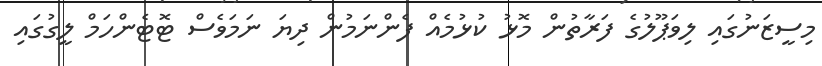
މިސީޒަނުގައި ލިވަޕޫލުގެ ފަރާތުން މޮޅު ކުޅުމެއް ފެންނަމުން ދިޔަ ނަމަވެސް ޓޮޓެންހަމް ލީގުގައި